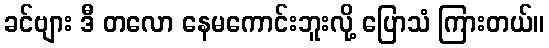
ခင်ဗျား ဒီ တလော နေမကောင်းဘူးလို့ ပြောသံ ကြားတယ်။